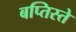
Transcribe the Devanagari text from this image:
बप्तिस्ते